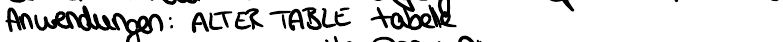
Anwendungen: ALTER TABLE tabelle